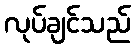
လုပ်ချင်သည်